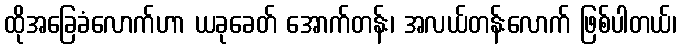
ထိုအခြေခံလောက်ဟာ ယခုခေတ် အောက်တန်း၊ အလယ်တန်းလောက် ဖြစ်ပါတယ်၊